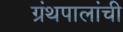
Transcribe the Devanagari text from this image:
ग्रंथपालांची